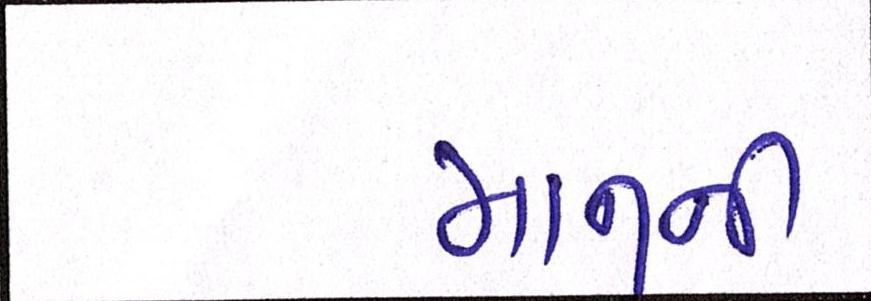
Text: માનુની